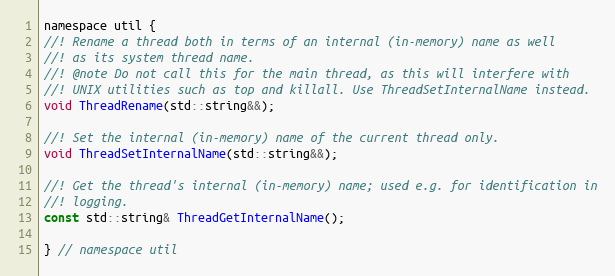
Language: C
namespace util {
//! Rename a thread both in terms of an internal (in-memory) name as well
//! as its system thread name.
//! @note Do not call this for the main thread, as this will interfere with
//! UNIX utilities such as top and killall. Use ThreadSetInternalName instead.
void ThreadRename(std::string&&);

//! Set the internal (in-memory) name of the current thread only.
void ThreadSetInternalName(std::string&&);

//! Get the thread's internal (in-memory) name; used e.g. for identification in
//! logging.
const std::string& ThreadGetInternalName();

} // namespace util